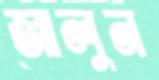
জালুন